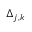
\Delta _ { j , k }